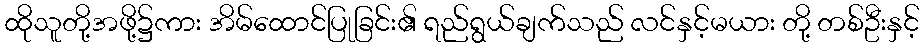
ထိုသူတို့အဖို့၌ကား အိမ်ထောင်ပြုခြင်း၏ ရည်ရွယ်ချက်သည် လင်နှင့်မယား တို့ တစ်ဦးနှင့်